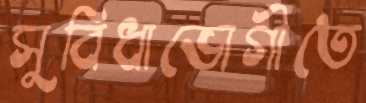
সুবিধাভোগীতে